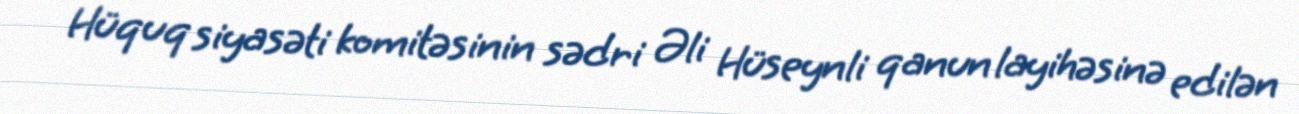
Hüquq siyasəti komitəsinin sədri Əli Hüseynli qanun layihəsinə edilən